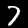
Digit: 7